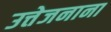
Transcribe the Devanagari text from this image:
उत्तेजनाना